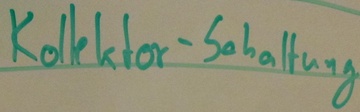
Text: Kollektor-Schaltung